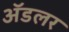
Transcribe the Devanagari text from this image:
अॅडलर